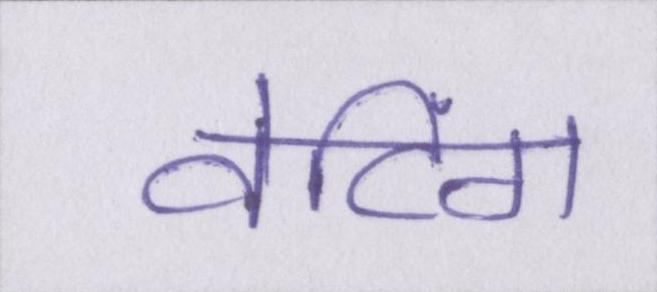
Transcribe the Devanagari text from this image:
वेटिंग